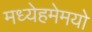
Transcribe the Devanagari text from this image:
मध्येहमेमयो